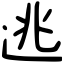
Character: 逃